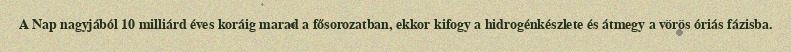
A Nap nagyjából 10 milliárd éves koráig marad a fősorozatban, ekkor kifogy a hidrogénkészlete és átmegy a vörös óriás fázisba.